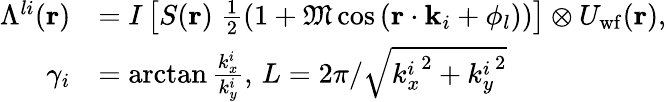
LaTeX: \begin{array}{rl}{\Lambda^{li}(\mathbf{r})}&{=I\left[S(\mathbf{r})\; \frac{1}{2}\left(1+\mathfrak{M}\cos\left(\mathbf{r}\cdot\mathbf{k}_{i}+\phi_{l}\right)\right)\right]\otimes U_{\mathrm{wf}}(\mathbf{r}),}\\ {\gamma_{i}}&{=\arctan{\frac{k_{x}^{i}}{k_{y}^{i}}},\, L=2\pi/\sqrt{{k_{x}^{i}}^{2}+{k_{y}^{i}}^{2}}}\end{array}